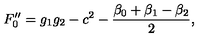
F _ { 0 } ^ { \prime \prime } = g _ { 1 } g _ { 2 } - c ^ { 2 } - \frac { \beta _ { 0 } + \beta _ { 1 } - \beta _ { 2 } } { 2 } ,